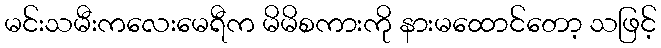
မင်းသမီးကလေးမေရီက မိမိစကားကို နားမထောင်တော့ သဖြင့်